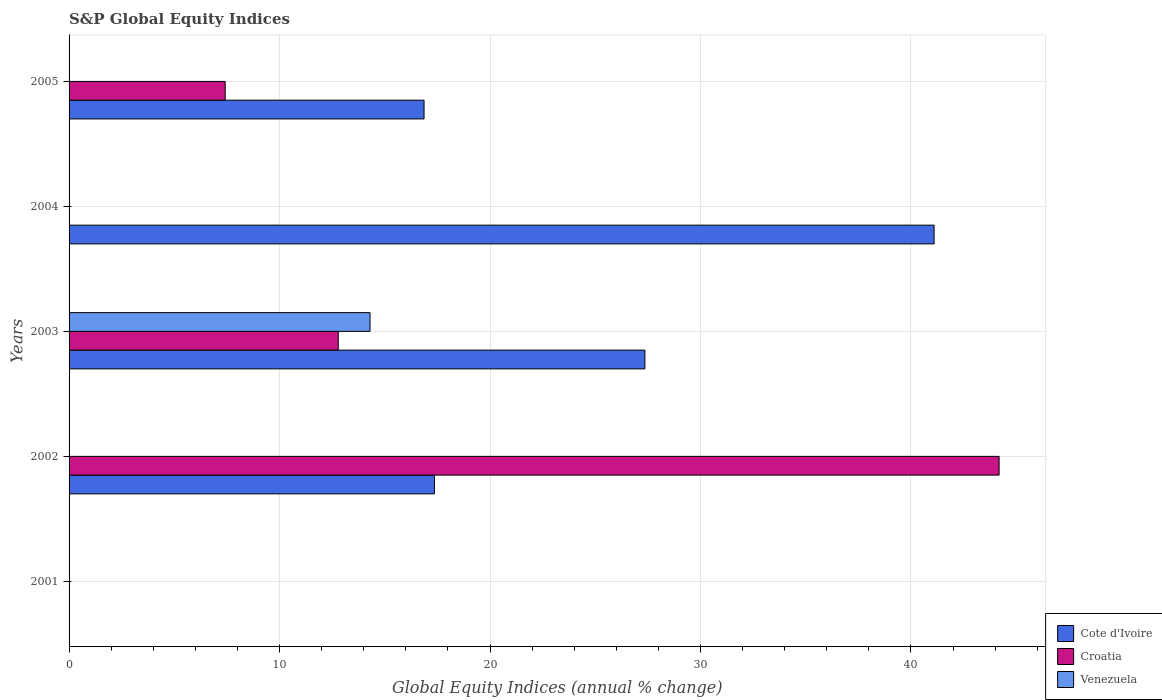
| Years | Cote d'Ivoire | Croatia | Venezuela |
 | --- | --- | --- | --- |
 | 2001 | -2.37 | -3.51 | -20.1 |
 | 2002 | 17.4 | 44.2 | -35.1 |
 | 2003 | 27.4 | 12.8 | 14.3 |
 | 2004 | 41.1 | -7.7 | -50.4 |
 | 2005 | 16.9 | 7.42 | -22 |